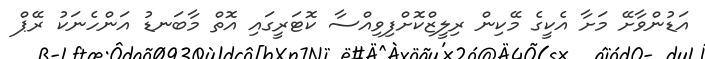
އަޑުންވާށޭ މަށާ އެކީގެ މޭކިން ރިލީޒްކޮށްފިވިއްސާ ކޮޓަރީގައި އޮތް މާބަނޑު އަންހެނަކު ރޭޕް